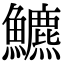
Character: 𩽁